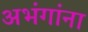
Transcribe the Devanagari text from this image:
अभंगांना